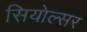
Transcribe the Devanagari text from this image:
सियोल्सर